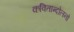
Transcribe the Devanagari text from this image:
कवितान्दोलनो